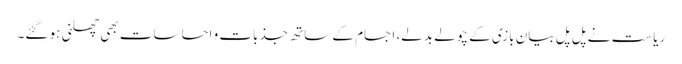
ریاست نے پل پل بیان بازی کے چولے بدلے، اجسام کے ساتھ جذبات و احساسات بھی چھلنی ہو گئے۔